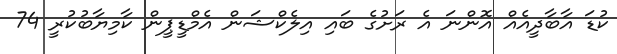
ކުޑަ އާބާދީއެއް އޮންނަ އެ ރަށުގެ ބައި އިލެކްޝަން އެމްޑީޕީން ކާމިޔާބުކުރީ 74